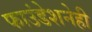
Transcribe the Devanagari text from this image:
फाउंडेशनेही